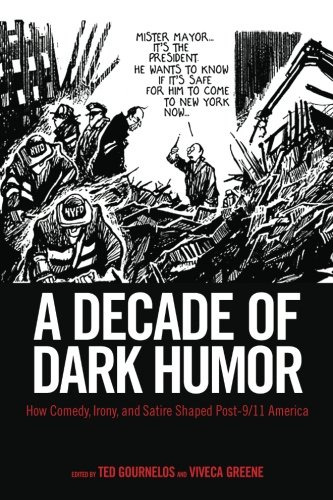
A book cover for A Decade of Dark Humor: How Comedy, Irony, and Satire Shaped Post-9/11 America; Humor & Entertainment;